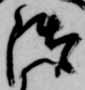
御